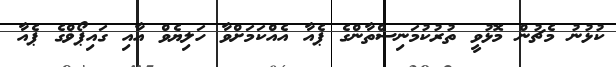
ކުޅުނު މެޗުން މޮޅުވީ ތުރުކުމަނިސްތާންގެ ޕެއާ އެއްކަމަށްވާ ހަލިޔެވް އާއި ގައިޕޯޥްގެ ޕެއާ